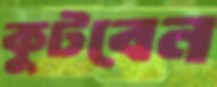
কুটবেন